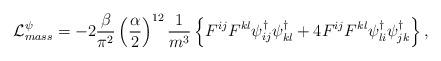
LaTeX: \begin{align*}{\cal L}^\psi_{mass} = - 2{\beta \over {\pi^2}} \left( {\alpha \over 2} \right)^{12} {1 \over {m^3}} \left\{ F^{ij} F^{kl} \psi^{\dag}_{ij} \psi^{\dag}_{kl} + 4 F^{ij} F^{kl} \psi^{\dag}_{li} \psi^{\dag}_{jk} \right\},\end{align*}